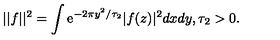
| | f | | ^ { 2 } = \int { \mathrm e } ^ { - 2 \pi y ^ { 2 } / \tau _ { 2 } } | f ( z ) | ^ { 2 } d x d y , \tau _ { 2 } > 0 .